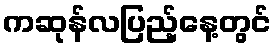
ကဆုန်လပြည့်နေ့တွင်